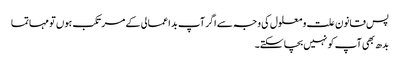
پس قانون علت و معلول کی وجہ سے اگر آپ بد اعمالی کے مرتکب ہوں تو مہاتما
بدھ بھی آپ کو نہیں بچا سکتے۔